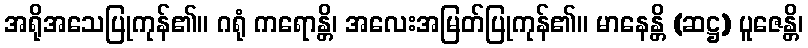
အရိုအသေပြုကုန်၏။ ဂရုံ ကရောန္တိ၊ အလေးအမြတ်ပြုကုန်၏။ မာနေန္တိ (ဆဋ္ဌ) ပူဇေန္တိ၊